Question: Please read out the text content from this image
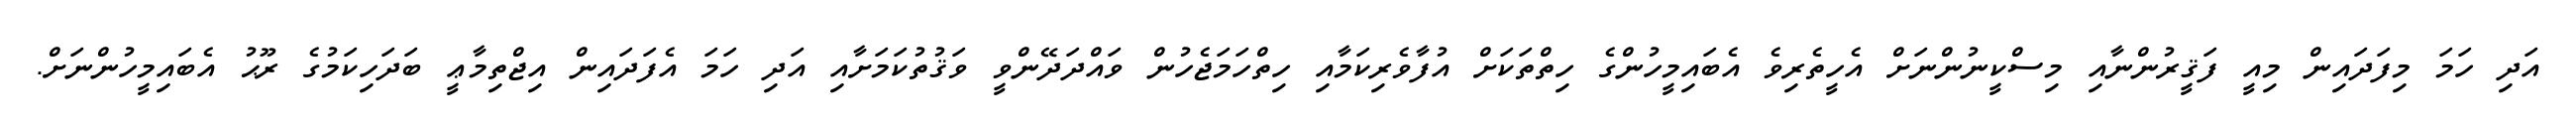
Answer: އަދި ހަމަ މިފަދައިން މިއީ ފަޤީރުންނާއި މިސްކީނުންނަށް އެހީތެރިވެ އެބައިމީހުންގެ ހިތްތަކަށް އުފާވެރިކަމާއި ހިތްހަމަޖެހުން ވައްދަދޭންވީ ވަޤުތުކަމަށާއި އަދި ހަމަ އެފަދައިން އިޖްތިމާޢީ ބަދަހިކަމުގެ ރޫޙު އެބައިމީހުންނަށް.